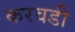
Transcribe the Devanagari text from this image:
करवडी